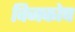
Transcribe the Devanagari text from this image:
विजकोष